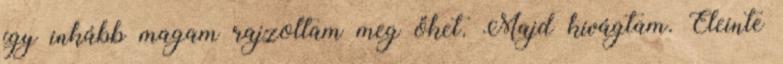
így inkább magam rajzoltam meg őket. Majd kivágtam. Eleinte